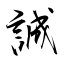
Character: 誠